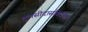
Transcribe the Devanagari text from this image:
तुलसीदासविरचित